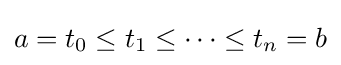
a=t_{0}\leq t_{1}\leq \cdots \leq t_{n}=b